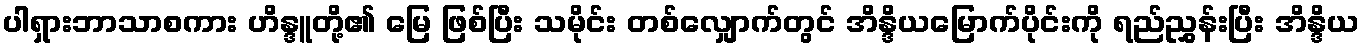
ပါရှားဘာသာစကား ဟိန္ဒူတို့၏ မြေ ဖြစ်ပြီး သမိုင်း တစ်လျှောက်တွင် အိန္ဒိယမြောက်ပိုင်းကို ရည်ညွှန်းပြီး အိန္ဒိယ